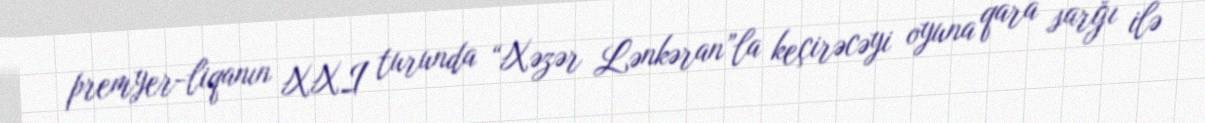
premyer-liqanın XXI turunda “Xəzər Lənkəran”la keçirəcəyi oyuna qara sarğı ilə